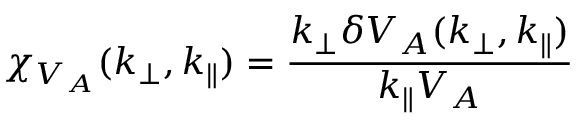
\chi _ { V _ { A } } ( k _ { \perp } , k _ { \parallel } ) = \frac { k _ { \perp } \delta V _ { A } ( k _ { \perp } , k _ { \parallel } ) } { k _ { \parallel } V _ { A } }